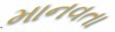
માનવતા